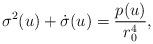
LaTeX: \begin{align*}\sigma^2(u) + \dot{\sigma}(u) = \frac{p(u)}{r_0^4},\end{align*}